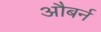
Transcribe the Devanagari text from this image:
औबर्न